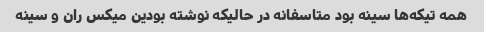
همه تیکه‌ها سینه بود متاسفانه در حالیکه نوشته بودین میکس ران و سینه